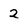
Character: 2